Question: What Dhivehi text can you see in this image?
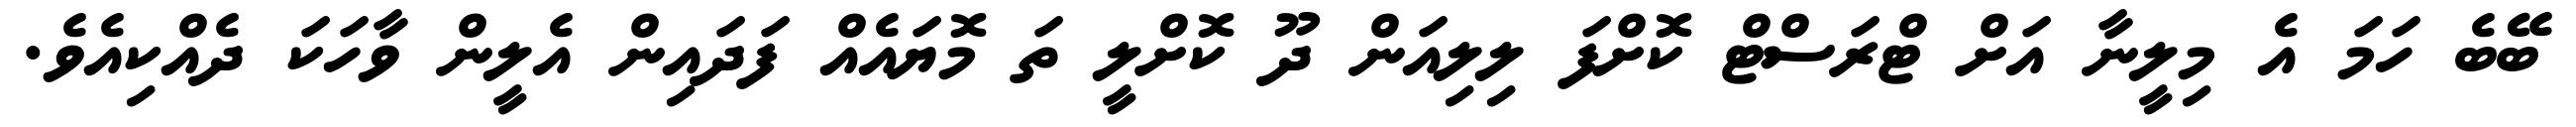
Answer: ބޭބެ ހަމަ އެ މިލީނާ އަށް ޓްރަސްޓް ކޮށްފަ ލިލިއަން ދޫ ކޮށްލީ ތަ މޮޔައެއް ފަދައިން އެލީން ވާހަކަ ދެއްކިއެވެ.